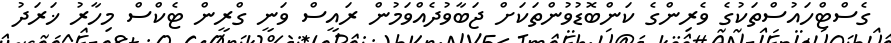
ގެސްޓްހައުސްތަކުގެ ވެރިންގެ ކަންބޮޑުވުންތަކަށް ޖަބާވުދެއްވަމުން ރައީސް ވަނީ ގްރީން ޓެކްސް މިހާރު ޚަރަދު